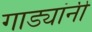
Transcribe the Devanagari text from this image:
गाड्यांनी